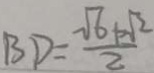
B D = \frac { \sqrt { 6 } + \sqrt { 2 } } { 2 }